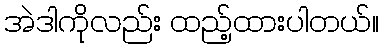
အဲဒါကိုလည်း ထည့်ထားပါတယ်။